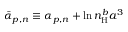
\bar { \alpha } _ { p , n } \equiv \alpha _ { p , n } + \ln n _ { \mathrm { H } } ^ { b } a ^ { 3 }